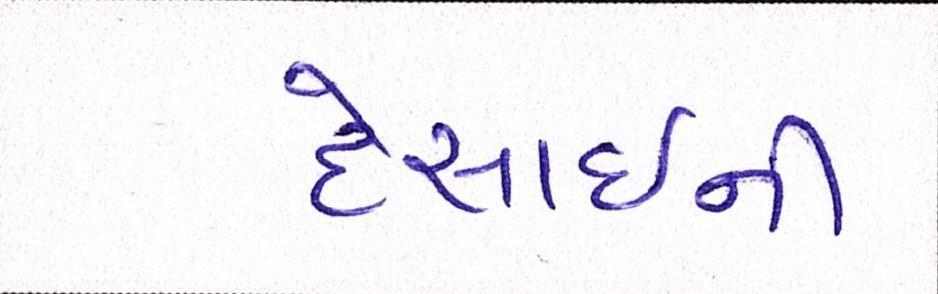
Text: દેસાઇની